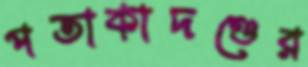
পতাকাদণ্ডের